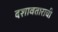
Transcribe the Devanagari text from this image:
दशावताराची